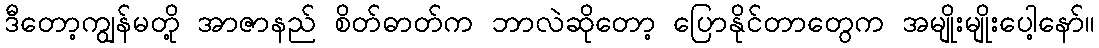
ဒီတော့ကျွန်မတို့ အာဇာနည် စိတ်ဓာတ်က ဘာလဲဆိုတော့ ပြောနိုင်တာတွေက အမျိုးမျိုးပေါ့နော်။